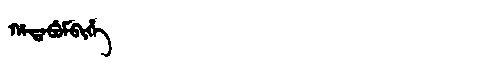
Manchu: ᡥᠠᡨᠠᠪᡠᠮᠪᡳᡥᡝ
Romanization: HATABUMBIHE